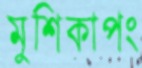
মুশিকাপং